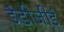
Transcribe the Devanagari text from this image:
ईडीजीई